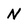
Character: N